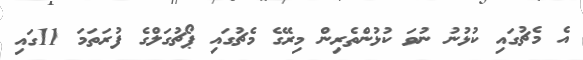
އެ މެޗުގައި ކުޅުނު ނުވަ ކުޅުންތެރިން މިރޭގެ މެޗުގައި ޕޯޗުގަލްގެ ފުރަތަމަ 11ގައި